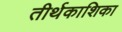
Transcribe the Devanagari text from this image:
तीर्थकाशिका